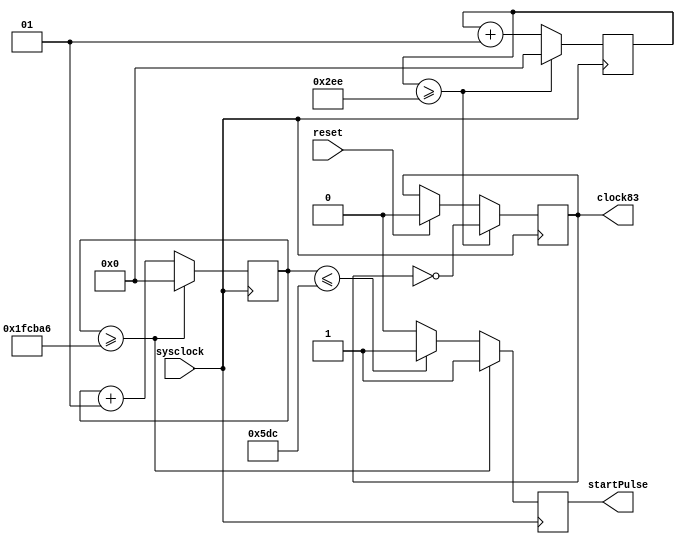
`timescale 1ns / 1ps
//////////////////////////////////////////////////////////////////////////////////
// Company: 
// Engineer: 
// 
// Design Name: 
// Module Name: SNES_clock_divider
// Project Name: 
// Target Devices: 
// Tool Versions: 
// Description: 
// 
// Dependencies: 
// 
// Revision:
// Revision 0.01 - File Created
// Additional Comments:
// 
//////////////////////////////////////////////////////////////////////////////////


module SNES_clock_divider(sysclock, reset, clock83, startPulse);

input wire sysclock; //125MHZ
input reset;
output reg clock83=0;
output reg startPulse=0;

integer counterPulse = 0;
integer counterClock83 = 0;
    
always @(posedge sysclock) begin //op klokpuls tellen
    if(reset) begin //bij reset counter en signalen resetten
        startPulse <= 0;
        clock83<=0;
        counterPulse <= 0;
        counterClock83 <= 0;
    end

    if (counterPulse >= 2083750) begin //bij 2083750 startPulse hoog en counter resetten, ~60Hz of elke ~16,67ms
        startPulse  <= 1;
        counterPulse <= 0;
    end else if (counterPulse <= 1500) begin //startPulse voor 12s (1 klokperiode van clock voor controller)
        startPulse <=1;
        counterPulse <= counterPulse +1;
    end else begin  //startPulse terug laag
        startPulse <= 0;
        counterPulse <= counterPulse +1;
    end
    
    
    if(counterClock83>=750) //bij 750 clock omdraaien en counter reseten periode van 83,33kHz of 12s (omdraaing elke 6s)
    begin
        clock83<= ~clock83;
        counterClock83<=0;
    end
    else begin
        counterClock83<=counterClock83+1;
    end
end


endmodule